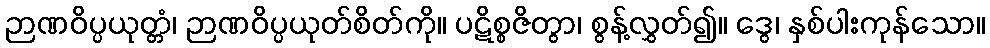
ဉာဏဝိပ္ပယုတ္တံ၊ ဉာဏဝိပ္ပယုတ်စိတ်ကို။ ပဋိစ္စဇိတွာ၊ စွန့်လွှတ်၍။ ဒွေ၊ နှစ်ပါးကုန်သော။